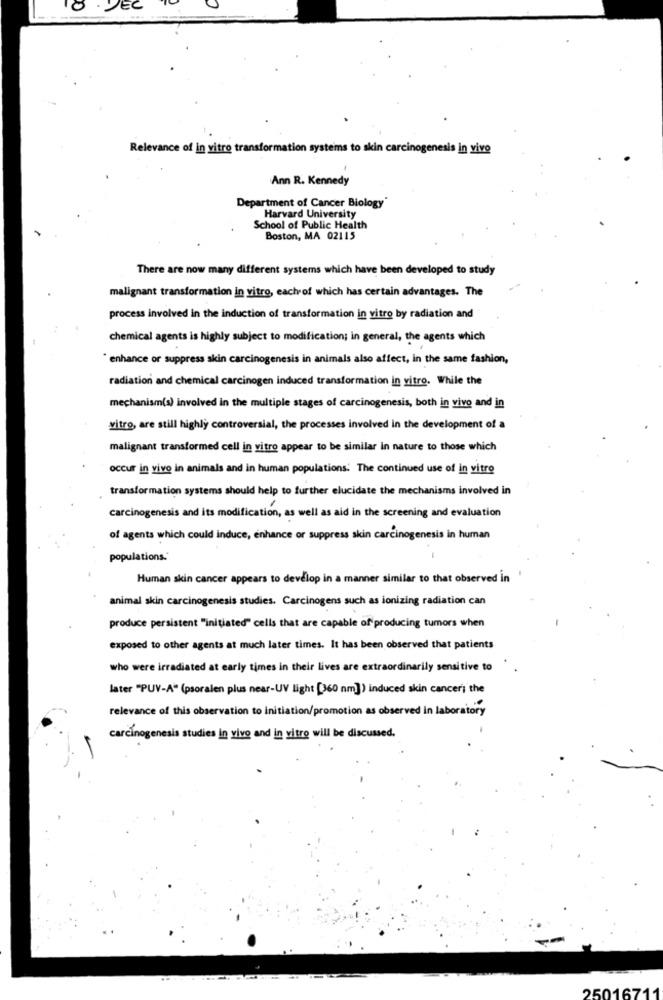
8 . DEC
Relevance of in vitro transformation systems to skin carcinogenesis in vivo
Ann R. Kennedy
Department of Cancer Biology*
Harvard University
School of Public Health
Boston, MA 02115
There are now many different systems which have been developed to study
malignant transformation in vitro, each of which has certain advantages. The
process involved in the induction of transformation in vitro by radiation and
chemical agents is highly subject to modification; in general, the agents which
enhance or suppress skin carcinogenesis in animals also affect, in the same fashion,
radiation and chemical carcinogen induced transformation in vitro. While the
mechanism(s) involved in the multiple stages of carcinogenesis, both in vivo and in
vitro, are still highly controversial, the processes involved in the development of a
malignant transformed cell in vitro appear to be similar in nature to those which
occur in vivo in animals and in human populations. The continued use of in vitro
transformation systems should help to further elucidate the mechanisms involved in
carcinogenesis and its modification, as well as aid in the screening and evaluation
of agents which could induce, enhance or suppress skin carcinogenesis in human
populations.'
Human skin cancer appears to develop in a manner similar to that observed in
animal skin carcinogenesis studies. Carcinogens such as ionizing radiation can
produce persistent "initiated" cells that are capable of producing tumors when
exposed to other agents at much later times. It has been observed that patients
who were irradiated at early times in their lives are extraordinarily sensitive to
later "PUV-A" (psoralen plus near-UV light [360 nm]) induced skin cancer; the
relevance of this observation to initiation/promotion as observed in laboratory
carcinogenesis studies in vivo and in vitro will be discussed.
25016711